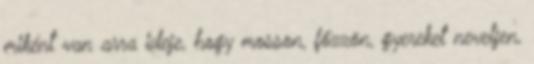
miként van arra ideje, hogy mosson, főzzön, gyereket neveljen,